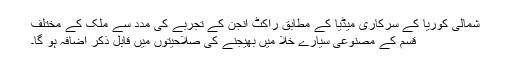
شمالی کوریا کے سرکاری میڈیا کے مطابق راکٹ انجن کے تجربے کی مدد سے ملک کے مختلف
قسم کے مصنوعی سیارے خلا میں بھیجنے کی صلاحیتوں میں قابل ذکر اضافہ ہو گا۔